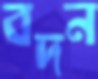
বদন